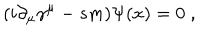
LaTeX: ( i \partial _ { \mu } \gamma ^ { \mu } - s m ) \Psi ( x ) = 0 \; ,